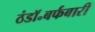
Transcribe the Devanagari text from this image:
ठंडॉ॰बर्फबारी